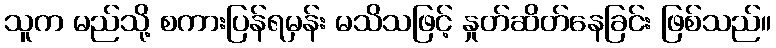
သူက မည်သို့ စကားပြန်ရမှန်း မသိသဖြင့် နှုတ်ဆိတ်နေခြင်း ဖြစ်သည်။